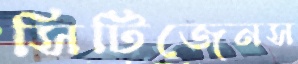
সিটিজেনস